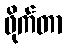
ဖိုက်တာ